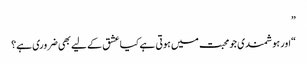
”
“اور ہوشمندی جو محبت میں ہوتی ہے کیا عشق کے لیے بھی ضروری ہے؟